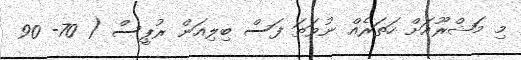
މި މަޝްރޫއަށް ހަތަރެއް ނުވަތަ ފަސް ބިލިއަން ރުޕީސް ( 70- 90